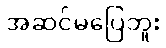
အဆင်မပြေဘူး